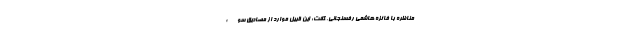
مناظره با فائزه هاشمی رفسنجانی، گفت: این قبیل موارد از مصادیق سوء